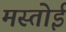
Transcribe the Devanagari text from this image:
मस्तोई